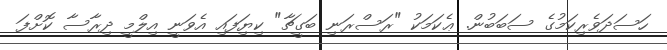
ހަސަދަވެރިކަމުގެ ސަބަބުން. ޢެކަމަކު "ރަސްރަނި ބަގީޗާ" ކިޔަިފައި އެވަނީ އިލްމީ ދިރާސާ ކޮށްފަ